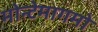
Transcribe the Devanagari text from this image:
मोन्टेमागमो